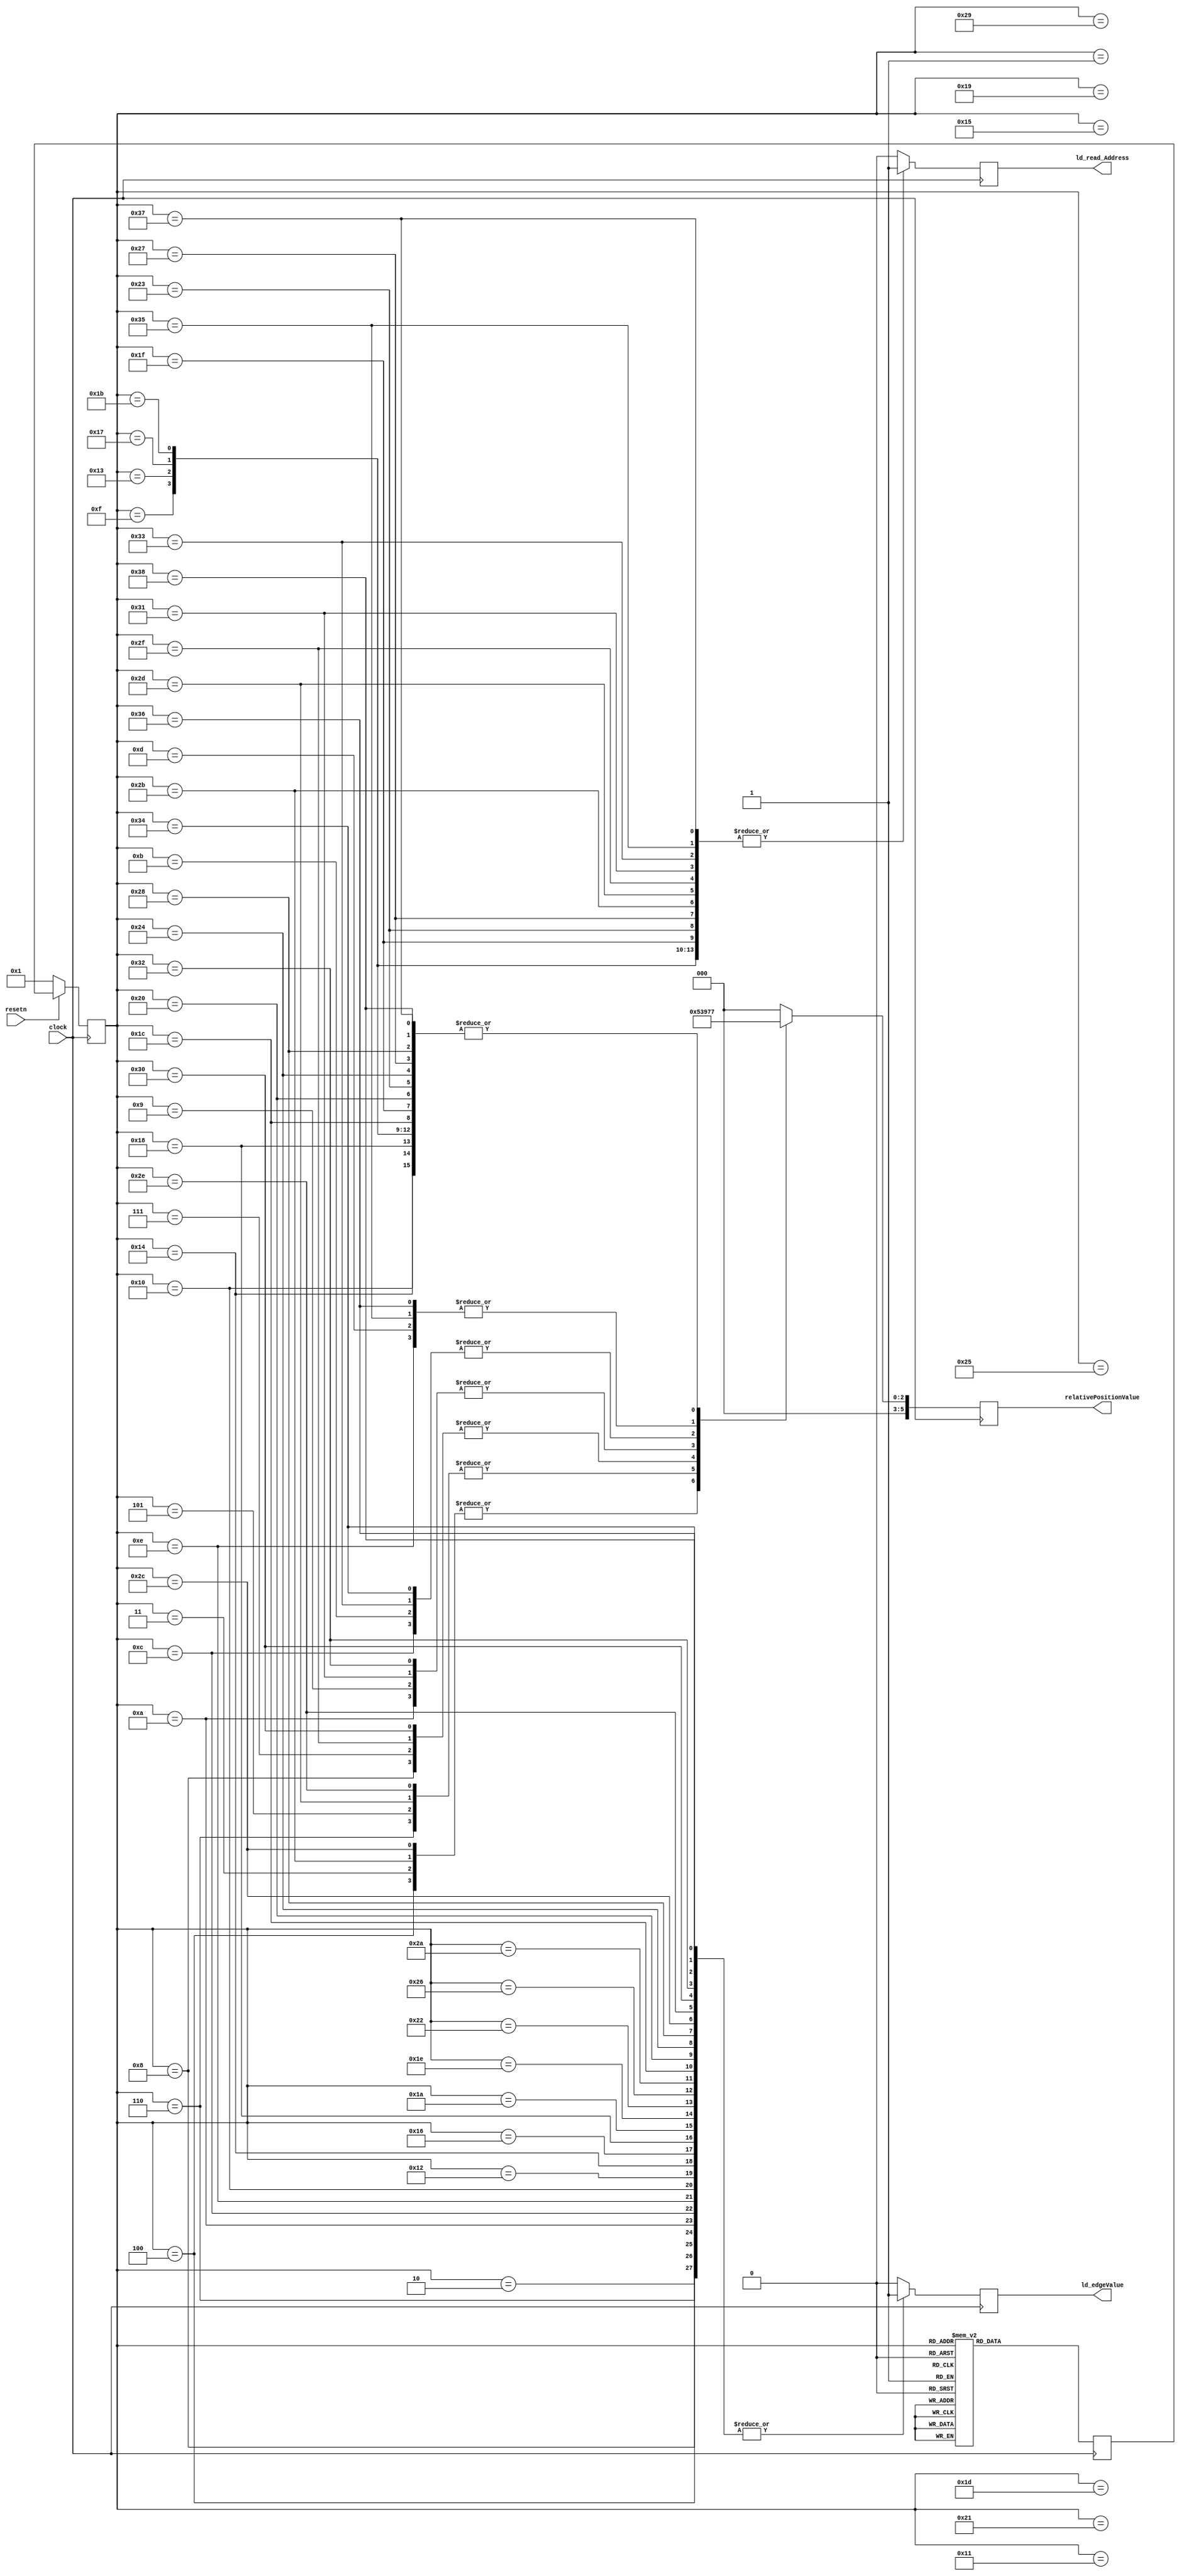
module edgeValueControl (clock, resetn, ld_edgeValue, ld_read_Address, relativePositionValue);

	input clock;
	input resetn;
	output reg [5:0] relativePositionValue;
	output reg ld_edgeValue;
	output reg ld_read_Address;
	
	reg [5:0] currentState, nextState;
	
	localparam READ_ADDRESS_1 = 6'd1,
				  EDGE_VALUE_1 = 6'd2,
				  READ_ADDRESS_2 = 6'd3,
				  EDGE_VALUE_2 = 6'd4,
				  READ_ADDRESS_3 = 6'd5,
				  EDGE_VALUE_3 = 6'd6,
				  READ_ADDRESS_4 = 6'd7,
				  EDGE_VALUE_4 = 6'd8,
				  READ_ADDRESS_5 = 6'd9,
				  EDGE_VALUE_5 = 6'd10,
				  READ_ADDRESS_6 = 6'd11,
				  EDGE_VALUE_6 = 6'd12,
				  READ_ADDRESS_7 = 6'd13,
				  EDGE_VALUE_7 = 6'd14,
				  READ_ADDRESS_8 = 6'd15,
				  EDGE_VALUE_8 = 6'd16,
				  READ_ADDRESS_9 = 6'd17,
				  EDGE_VALUE_9 = 6'd18,
				  READ_ADDRESS_10 = 6'd19,
				  EDGE_VALUE_10 = 6'd20,
				  READ_ADDRESS_11 = 6'd21,
				  EDGE_VALUE_11 = 6'd22,
				  READ_ADDRESS_12 = 6'd23,
				  EDGE_VALUE_12 = 6'd24,
				  READ_ADDRESS_13 = 6'd25,
				  EDGE_VALUE_13 = 6'd26,
				  READ_ADDRESS_14 = 6'd27,
				  EDGE_VALUE_14 = 6'd28,
				  READ_ADDRESS_15 = 6'd29,
				  EDGE_VALUE_15 = 6'd30,
				  READ_ADDRESS_16 = 6'd31,
				  EDGE_VALUE_16 = 6'd32,
				  READ_ADDRESS_17 = 6'd33,
				  EDGE_VALUE_17 = 6'd34,
				  READ_ADDRESS_18 = 6'd35,
				  EDGE_VALUE_18 = 6'd36,
				  READ_ADDRESS_19 = 6'd37,
				  EDGE_VALUE_19 = 6'd38,
				  READ_ADDRESS_20 = 6'd39,
				  EDGE_VALUE_20 = 6'd40,
				  READ_ADDRESS_21 = 6'd41,
				  EDGE_VALUE_21 = 6'd42,
				  READ_ADDRESS_22 = 6'd43,
				  EDGE_VALUE_22 = 6'd44,
				  READ_ADDRESS_23 = 6'd45,
				  EDGE_VALUE_23 = 6'd46,
				  READ_ADDRESS_24 = 6'd47,
				  EDGE_VALUE_24 = 6'd48,
				  READ_ADDRESS_25 = 6'd49,
				  EDGE_VALUE_25 = 6'd50,
				  READ_ADDRESS_26 = 6'd51,
				  EDGE_VALUE_26 = 6'd52,
				  READ_ADDRESS_27 = 6'd53,
				  EDGE_VALUE_27 = 6'd54,
				  READ_ADDRESS_28 = 6'd55,
				  EDGE_VALUE_28 = 6'd56;
	
	always @ (posedge clock)
	begin
		case (currentState)
			READ_ADDRESS_1:
			begin
				nextState = EDGE_VALUE_1;
			end
			EDGE_VALUE_1:
			begin
				nextState = READ_ADDRESS_2;
			end
			READ_ADDRESS_2:
			begin
				nextState = EDGE_VALUE_2;
			end
			EDGE_VALUE_2:
			begin
				nextState = READ_ADDRESS_3;
			end
			READ_ADDRESS_3:
			begin
				nextState = EDGE_VALUE_3;
			end
			EDGE_VALUE_3:
			begin
				nextState = READ_ADDRESS_4;
			end
			READ_ADDRESS_4:
			begin
				nextState = EDGE_VALUE_4;
			end
			EDGE_VALUE_4:
			begin
				nextState = READ_ADDRESS_5;
			end
			READ_ADDRESS_5:
			begin
				nextState = EDGE_VALUE_5;
			end
			EDGE_VALUE_5:
			begin
				nextState = READ_ADDRESS_6;
			end
			READ_ADDRESS_6:
			begin
				nextState = EDGE_VALUE_6;
			end
			EDGE_VALUE_6:
			begin
				nextState = READ_ADDRESS_7;
			end
			READ_ADDRESS_7:
			begin
				nextState = EDGE_VALUE_7;
			end
			EDGE_VALUE_7:
			begin
				nextState = READ_ADDRESS_8;
			end
			READ_ADDRESS_8:
			begin
				nextState = EDGE_VALUE_8;
			end
			EDGE_VALUE_8:
			begin
				nextState = READ_ADDRESS_9;
			end
			READ_ADDRESS_9:
			begin
				nextState = EDGE_VALUE_9;
			end
			EDGE_VALUE_9:
			begin
				nextState = READ_ADDRESS_10;
			end
			READ_ADDRESS_10:
			begin
				nextState = EDGE_VALUE_10;
			end
			EDGE_VALUE_10:
			begin
				nextState = READ_ADDRESS_11;
			end
			READ_ADDRESS_11:
			begin
				nextState = EDGE_VALUE_11;
			end
			EDGE_VALUE_11:
			begin
				nextState = READ_ADDRESS_12;
			end
			READ_ADDRESS_12:
			begin
				nextState = EDGE_VALUE_12;
			end
			EDGE_VALUE_12:
			begin
				nextState = READ_ADDRESS_13;
			end
			READ_ADDRESS_13:
			begin
				nextState = EDGE_VALUE_13;
			end
			EDGE_VALUE_13:
			begin
				nextState = READ_ADDRESS_14;
			end
			READ_ADDRESS_14:
			begin
				nextState = EDGE_VALUE_14;
			end
			EDGE_VALUE_14:
			begin
				nextState = READ_ADDRESS_15;
			end
			READ_ADDRESS_15:
			begin
				nextState = EDGE_VALUE_15;
			end
			EDGE_VALUE_15:
			begin
				nextState = READ_ADDRESS_16;
			end
			READ_ADDRESS_16:
			begin
				nextState = EDGE_VALUE_16;
			end
			EDGE_VALUE_16:
			begin
				nextState = READ_ADDRESS_17;
			end
			READ_ADDRESS_17:
			begin
				nextState = EDGE_VALUE_17;
			end
			EDGE_VALUE_17:
			begin
				nextState = READ_ADDRESS_18;
			end
			READ_ADDRESS_18:
			begin
				nextState = EDGE_VALUE_18;
			end
			EDGE_VALUE_18:
			begin
				nextState = READ_ADDRESS_19;
			end
			READ_ADDRESS_19:
			begin
				nextState = EDGE_VALUE_19;
			end
			EDGE_VALUE_19:
			begin
				nextState = READ_ADDRESS_20;
			end
			READ_ADDRESS_20:
			begin
				nextState = EDGE_VALUE_20;
			end
			EDGE_VALUE_20:
			begin
				nextState = READ_ADDRESS_21;
			end
			READ_ADDRESS_21:
			begin
				nextState = EDGE_VALUE_21;
			end
			EDGE_VALUE_21:
			begin
				nextState = READ_ADDRESS_22;
			end
			READ_ADDRESS_22:
			begin
				nextState = EDGE_VALUE_22;
			end
			EDGE_VALUE_22:
			begin
				nextState = READ_ADDRESS_23;
			end
			READ_ADDRESS_23:
			begin
				nextState = EDGE_VALUE_23;
			end
			EDGE_VALUE_23:
			begin
				nextState = READ_ADDRESS_24;
			end
			READ_ADDRESS_24:
			begin
				nextState = EDGE_VALUE_24;
			end
			EDGE_VALUE_24:
			begin
				nextState = READ_ADDRESS_25;
			end
			READ_ADDRESS_25:
			begin
				nextState = EDGE_VALUE_25;
			end
			EDGE_VALUE_25:
			begin
				nextState = READ_ADDRESS_26;
			end
			READ_ADDRESS_26:
			begin
				nextState = EDGE_VALUE_26;
			end
			EDGE_VALUE_26:
			begin
				nextState = READ_ADDRESS_27;
			end
			READ_ADDRESS_27:
			begin
				nextState = EDGE_VALUE_27;
			end
			EDGE_VALUE_27:
			begin
				nextState = READ_ADDRESS_28;
			end
			READ_ADDRESS_28:
			begin
				nextState = EDGE_VALUE_28;
			end
			EDGE_VALUE_28:
			begin
				nextState = READ_ADDRESS_1;
			end
			default:
			begin
				nextState = READ_ADDRESS_1;
			end
		endcase
	end
	
	always @ (posedge clock)
	begin
		ld_edgeValue <= 1'b0;
		ld_read_Address <= 1'b0;
		relativePositionValue <= 6'd0;
		case (currentState)
			READ_ADDRESS_1:
			begin
				ld_read_Address <= 1'b1;
			end
			EDGE_VALUE_1:
			begin
				ld_edgeValue <= 1'b1;
			end
			READ_ADDRESS_2:
			begin
				ld_read_Address <= 1'b1;
				relativePositionValue <= 6'd1;
			end
			EDGE_VALUE_2:
			begin
				ld_edgeValue <= 1'b1;
				relativePositionValue <= 6'd1;
			end
			READ_ADDRESS_3:
			begin
				ld_read_Address <= 1'b1;
				relativePositionValue <= 6'd2;
			end
			EDGE_VALUE_3:
			begin
				ld_edgeValue <= 1'b1;
				relativePositionValue <= 6'd2;
			end
			READ_ADDRESS_4:
			begin
				ld_read_Address <= 1'b1;
				relativePositionValue <= 6'd3;
			end
			EDGE_VALUE_4:
			begin
				ld_edgeValue <= 1'b1;
				relativePositionValue <= 6'd3;
			end
			READ_ADDRESS_5:
			begin
				ld_read_Address <= 1'b1;
				relativePositionValue <= 6'd4;
			end
			EDGE_VALUE_5:
			begin
				ld_edgeValue <= 1'b1;
				relativePositionValue <= 6'd4;
			end
			READ_ADDRESS_6:
			begin
				ld_read_Address <= 1'b1;
				relativePositionValue <= 6'd5;
			end
			EDGE_VALUE_6:
			begin
				ld_edgeValue <= 1'b1;
				relativePositionValue <= 6'd5;
			end
			READ_ADDRESS_7:
			begin
				ld_read_Address <= 1'b1;
				relativePositionValue <= 6'd6;
			end
			EDGE_VALUE_7:
			begin
				ld_edgeValue <= 1'b1;
				relativePositionValue <= 6'd6;
			end
			READ_ADDRESS_8:
			begin
				ld_read_Address <= 1'b1;
				relativePositionValue <= 6'd7;
			end
			EDGE_VALUE_8:
			begin
				ld_edgeValue <= 1'b1;
				relativePositionValue <= 6'd7;
			end
			READ_ADDRESS_9:
			begin
				ld_read_Address <= 1'b1;
				relativePositionValue <= 6'd320;
			end
			EDGE_VALUE_9:
			begin
				ld_edgeValue <= 1'b1;
				relativePositionValue <= 6'd320;
			end
			READ_ADDRESS_10:
			begin
				ld_read_Address <= 1'b1;
				relativePositionValue <= 6'd327;
			end
			EDGE_VALUE_10:
			begin
				ld_edgeValue <= 1'b1;
				relativePositionValue <= 6'd327;
			end
			READ_ADDRESS_11:
			begin
				ld_read_Address <= 1'b1;
				relativePositionValue <= 6'd640;
			end
			EDGE_VALUE_11:
			begin
				ld_edgeValue <= 1'b1;
				relativePositionValue <= 6'd640;
			end
			READ_ADDRESS_12:
			begin
				ld_read_Address <= 1'b1;
				relativePositionValue <= 6'd647;
			end
			EDGE_VALUE_12:
			begin
				ld_edgeValue <= 1'b1;
				relativePositionValue <= 6'd647;
			end
			READ_ADDRESS_13:
			begin
				ld_read_Address <= 1'b1;
				relativePositionValue <= 6'd960;
			end
			EDGE_VALUE_13:
			begin
				ld_edgeValue <= 1'b1;
				relativePositionValue <= 6'd960;
			end
			READ_ADDRESS_14:
			begin
				ld_read_Address <= 1'b1;
				relativePositionValue <= 6'd967;
			end
			EDGE_VALUE_14:
			begin
				ld_edgeValue <= 1'b1;
				relativePositionValue <= 6'd967;
			end
			READ_ADDRESS_15:
			begin
				ld_read_Address <= 1'b1;
				relativePositionValue <= 6'd1280;
			end
			EDGE_VALUE_15:
			begin
				ld_edgeValue <= 1'b1;
				relativePositionValue <= 6'd1280;
			end
			READ_ADDRESS_16:
			begin
				ld_read_Address <= 1'b1;
				relativePositionValue <= 6'd1287;
			end
			EDGE_VALUE_16:
			begin
				ld_edgeValue <= 1'b1;
				relativePositionValue <= 6'd1287;
			end
			READ_ADDRESS_17:
			begin
				ld_read_Address <= 1'b1;
				relativePositionValue <= 6'd1600;
			end
			EDGE_VALUE_17:
			begin
				ld_edgeValue <= 1'b1;
				relativePositionValue <= 6'd1600;
			end
			READ_ADDRESS_18:
			begin
				ld_read_Address <= 1'b1;
				relativePositionValue <= 6'd1607;
			end
			EDGE_VALUE_18:
			begin
				ld_edgeValue <= 1'b1;
				relativePositionValue <= 6'd1607;
			end
			READ_ADDRESS_19:
			begin
				ld_read_Address <= 1'b1;
				relativePositionValue <= 6'd1920;
			end
			EDGE_VALUE_19:
			begin
				ld_edgeValue <= 1'b1;
				relativePositionValue <= 6'd1920;
			end
			READ_ADDRESS_20:
			begin
				ld_read_Address <= 1'b1;
				relativePositionValue <= 6'd1927;
			end
			EDGE_VALUE_20:
			begin
				ld_edgeValue <= 1'b1;
				relativePositionValue <= 6'd1927;
			end
			READ_ADDRESS_21:
			begin
				ld_read_Address <= 1'b1;
				relativePositionValue <= 6'd2240;
			end
			EDGE_VALUE_21:
			begin
				ld_edgeValue <= 1'b1;
				relativePositionValue <= 6'd2240;
			end
			READ_ADDRESS_22:
			begin
				ld_read_Address <= 1'b1;
				relativePositionValue <= 6'd2241;
			end
			EDGE_VALUE_22:
			begin
				ld_edgeValue <= 1'b1;
				relativePositionValue <= 6'd2241;
			end
			READ_ADDRESS_23:
			begin
				ld_read_Address <= 1'b1;
				relativePositionValue <= 6'd2242;
			end
			EDGE_VALUE_23:
			begin
				ld_edgeValue <= 1'b1;
				relativePositionValue <= 6'd2242;
			end
			READ_ADDRESS_24:
			begin
				ld_read_Address <= 1'b1;
				relativePositionValue <= 6'd2243;
			end
			EDGE_VALUE_24:
			begin
				ld_edgeValue <= 1'b1;
				relativePositionValue <= 6'd2243;
			end
			READ_ADDRESS_25:
			begin
				ld_read_Address <= 1'b1;
				relativePositionValue <= 6'd2244;
			end
			EDGE_VALUE_25:
			begin
				ld_edgeValue <= 1'b1;
				relativePositionValue <= 6'd2244;
			end
			READ_ADDRESS_26:
			begin
				ld_read_Address <= 1'b1;
				relativePositionValue <= 6'd2245;
			end
			EDGE_VALUE_26:
			begin
				ld_edgeValue <= 1'b1;
				relativePositionValue <= 6'd2245;
			end
			READ_ADDRESS_27:
			begin
				ld_read_Address <= 1'b1;
				relativePositionValue <= 6'd2246;
			end
			EDGE_VALUE_27:
			begin
				ld_edgeValue <= 1'b1;
				relativePositionValue <= 6'd2246;
			end
			READ_ADDRESS_28:
			begin
				ld_read_Address <= 1'b1;
				relativePositionValue <= 6'd2247;
			end
			EDGE_VALUE_28:
			begin
				ld_edgeValue <= 1'b1;
				relativePositionValue <= 6'd2247;
			end
		endcase
	end
	
	always @ (posedge clock)
	begin
		if (!resetn)
		begin
			currentState <= READ_ADDRESS_1;
		end
		else
		begin	
			currentState <= nextState;
		end
	end
endmodule